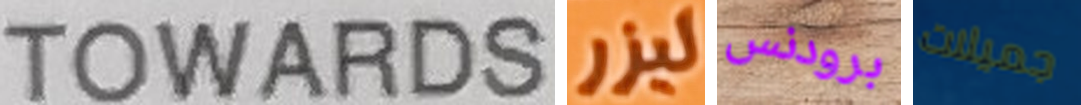
TOWARDS ليزر برودنس جميلات